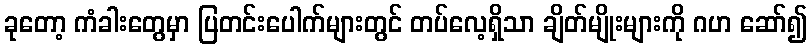
ခုတော့ ကံခါးတွေမှာ ပြတင်းပေါက်များတွင် တပ်လေ့ရှိသာ ချိတ်မျိုးများကို ဂဟ ဆော်၍